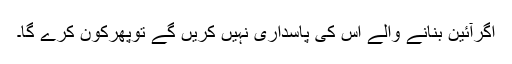
اگرآئین بنانے والے اس کی پاسداری نہیں کریں گے توپھرکون کرے گا۔